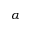
\alpha